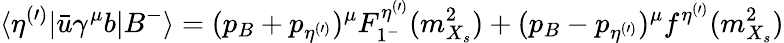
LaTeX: \langle\eta^{(\prime)}|\bar{u}\gamma^{\mu}b|B^{-}\rangle=(p_{B}+p_{\eta^{(\prime)}})^{\mu}F_{1^{-}}^{\eta^{(\prime)}}(m_{X_{s}}^{2})+(p_{B}-p_{\eta^{(\prime)}})^{\mu}f^{\eta^{(\prime)}}(m_{X_{s}}^{2})